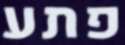
פתע